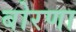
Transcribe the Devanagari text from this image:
बोरणा